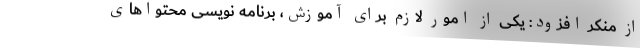
از منکر افزود: یکی از امور لازم برای آموزش، برنامه نویسی محتواهای